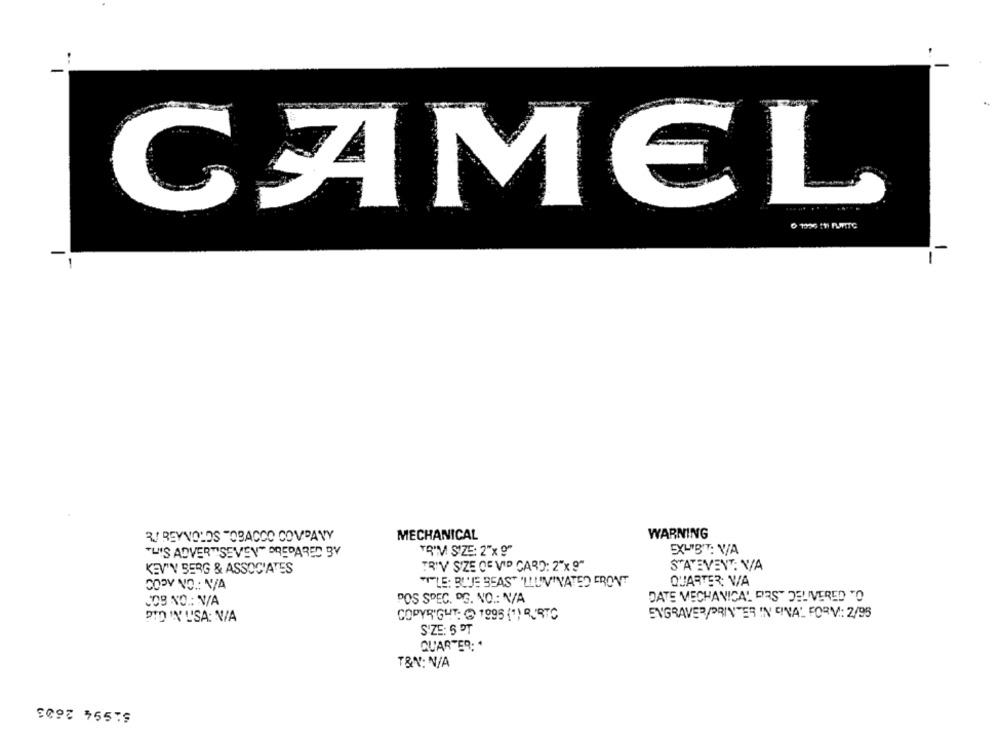
CAMEL
WARNING
R/ REYNOLDS TOBACCO COMPANY
MECHANICAL
"L''S ADVERTISEVEY" PREPARED BY
TA'M SIZE: 2"x "
EX""B"T: V/A
KEV'Y SERG & ASSOCIATES
TRIV SIZE OF VID CARD: 2"x 9"
STATEVENT: V/A
COPY NO .: N/A
"I"LE: BUJE SEAS" 'LLUVINATED FRONT
QUARTER: V/A
POS SPEC. DG. NO .: N/A
DATE MECHANICAL DRST DELIVERED TO
JOB NO .: N/A
COPYRIGHT: @ 1995 (1) RURTC
ENGRAVER/PRINTER IN CINAL FORV .: 2/95
PID IN' L'SA: N/A
SIZE: 5 PT
QUARTER: "
T&N: N/A
51994 2603